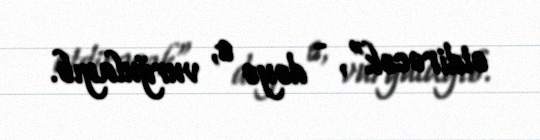
etdirəcək”, - deyə o, vurğulayıb.